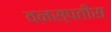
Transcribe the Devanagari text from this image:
वनस्पतींस